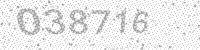
Solution: 038716